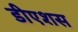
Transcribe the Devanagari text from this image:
डीएशस